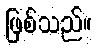
ဖြစ်သည်။